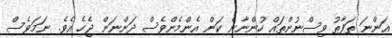
އަންނަ ތަފާތު ވިސްނުންތައް ހުންނާނެ ކަން އެންމެންވެސް ދަންނަން ޖެހެ އެވެ. ނަމަވެސް